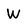
Character: W